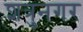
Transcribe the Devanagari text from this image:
शत्रुनगर